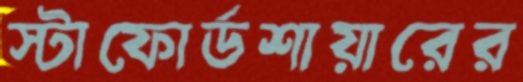
স্টাফোর্ডশায়ারের